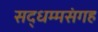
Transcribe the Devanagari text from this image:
सद्धम्मसंगह